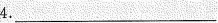
4.___